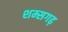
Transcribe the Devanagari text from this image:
शम्सगढ़